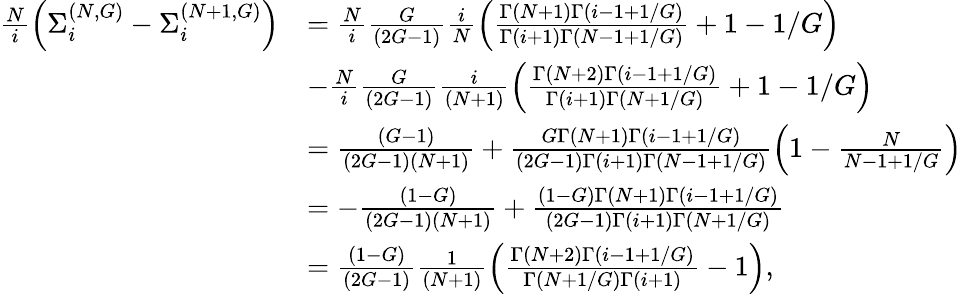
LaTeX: \begin{array}{rl}{\frac{N}{i}\left(\Sigma_{i}^{(N,G)}-\Sigma_{i}^{(N+1,G)}\right)}&{=\frac{N}{i}\frac{G}{\left(2G-1\right)}\frac{i}{N}\left(\frac{\Gamma\left(N+1\right)\Gamma\left(i-1+1/G\right)}{\Gamma\left(i+1\right)\Gamma\left(N-1+1/G\right)}+1-1/G\right)}\\ &{-\frac{N}{i}\frac{G}{\left(2G-1\right)}\frac{i}{\left(N+1\right)}\left(\frac{\Gamma\left(N+2\right)\Gamma\left(i-1+1/G\right)}{\Gamma\left(i+1\right)\Gamma\left(N+1/G\right)}+1-1/G\right)}\\ &{=\frac{\left(G-1\right)}{\left(2G-1\right)\left(N+1\right)}+\frac{G\Gamma\left(N+1\right)\Gamma\left(i-1+1/G\right)}{\left(2G-1\right)\Gamma\left(i+1\right)\Gamma\left(N-1+1/G\right)}\left(1-\frac{N}{N-1+1/G}\right)}\\ &{=-\frac{\left(1-G\right)}{\left(2G-1\right)\left(N+1\right)}+\frac{\left(1-G\right)\Gamma\left(N+1\right)\Gamma\left(i-1+1/G\right)}{\left(2G-1\right)\Gamma\left(i+1\right)\Gamma\left(N+1/G\right)}}\\ &{=\frac{\left(1-G\right)}{\left(2G-1\right)}\frac{1}{\left(N+1\right)}\left(\frac{\Gamma\left(N+2\right)\Gamma\left(i-1+1/G\right)}{\Gamma\left(N+1/G\right)\Gamma\left(i+1\right)}-1\right),}\end{array}